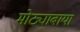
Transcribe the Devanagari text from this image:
मोठ्याबाया